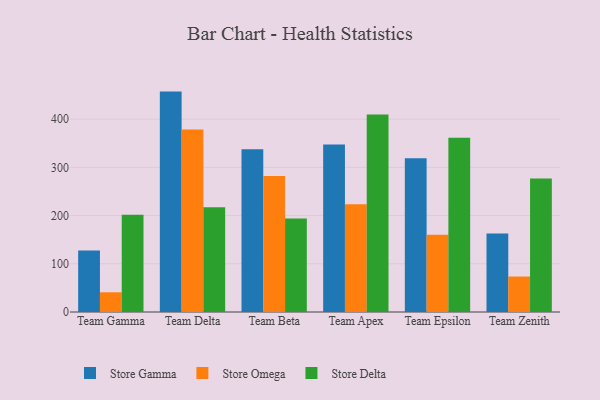
{"axis": {"x": "Team", "y": "Page Views"}, "legend": ["Store Delta", "Store Gamma", "Store Omega"], "data": [{"x": "Team Gamma", "y": 127.7, "type": "Store Gamma"}, {"x": "Team Gamma", "y": 40.9, "type": "Store Omega"}, {"x": "Team Gamma", "y": 201.9, "type": "Store Delta"}, {"x": "Team Delta", "y": 457.1, "type": "Store Gamma"}, {"x": "Team Delta", "y": 378.7, "type": "Store Omega"}, {"x": "Team Delta", "y": 217.5, "type": "Store Delta"}, {"x": "Team Beta", "y": 337.7, "type": "Store Gamma"}, {"x": "Team Beta", "y": 282.0, "type": "Store Omega"}, {"x": "Team Beta", "y": 194.0, "type": "Store Delta"}, {"x": "Team Apex", "y": 347.5, "type": "Store Gamma"}, {"x": "Team Apex", "y": 223.4, "type": "Store Omega"}, {"x": "Team Apex", "y": 409.5, "type": "Store Delta"}, {"x": "Team Epsilon", "y": 318.8, "type": "Store Gamma"}, {"x": "Team Epsilon", "y": 160.3, "type": "Store Omega"}, {"x": "Team Epsilon", "y": 361.4, "type": "Store Delta"}, {"x": "Team Zenith", "y": 162.6, "type": "Store Gamma"}, {"x": "Team Zenith", "y": 73.6, "type": "Store Omega"}, {"x": "Team Zenith", "y": 276.9, "type": "Store Delta"}]}